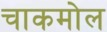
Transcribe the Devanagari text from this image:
चाकमोल